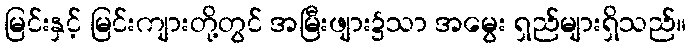
မြင်းနှင့် မြင်းကျားတို့တွင် အမြီးဖျား၌သာ အမွေး ရှည်များရှိသည်။